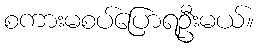
စကားမစပ်ပြောရဦးမယ်။